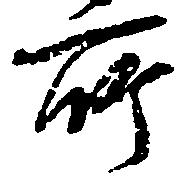
所